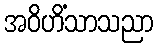
အဝိဟိံသာသညာ